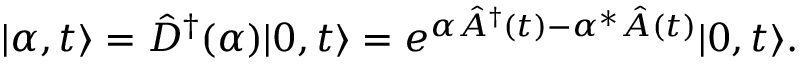
\vert \alpha , t \rangle = \hat { D } ^ { \dagger } ( \alpha ) \vert 0 , t \rangle = e ^ { \alpha \hat { A } ^ { \dagger } ( t ) - \alpha ^ { * } \hat { A } ( t ) } \vert 0 , t \rangle .